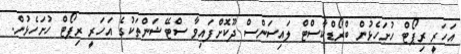
އަހަރީ ރިޕޯޓް ހުށަހެޅުން ބްރޯޑްކާސްޓް ލައިސަންސް ދޫކޮށްފައިވާ ސްޓޭޝަންތަކުގެ އަހަރީ ރިޕޯޓް ހުށަހެޅުން.